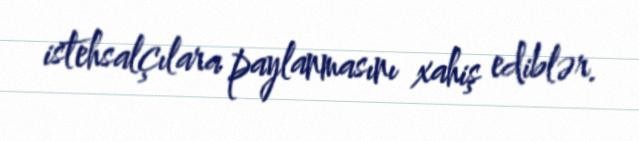
istehsalçılara paylanmasını xahiş ediblər.